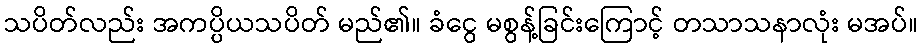
သပိတ်လည်း အကပ္ပိယသပိတ် မည်၏။ ခံငွေ မစွန့်ခြင်းကြောင့် တသာသနာလုံး မအပ်။